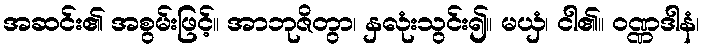
အဆင်း၏ အစွမ်းဖြင့်။ အာဘုဇိတွာ၊ နှလုံးသွင်း၍။ မယှံ၊ ငါ၏။ ဝဏ္ဏဒါနံ၊